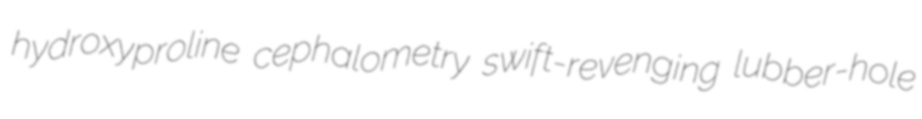
hydroxyproline cephalometry swift-revenging lubber-hole